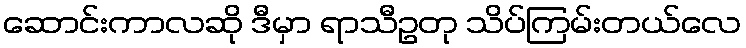
ဆောင်းကာလဆို ဒီမှာ ရာသီဥတု သိပ်ကြမ်းတယ်လေ